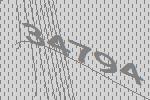
34794